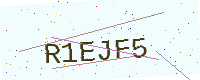
Text: R1EJF5